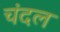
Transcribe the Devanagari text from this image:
चंदल